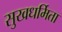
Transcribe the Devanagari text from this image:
सुखधर्मिता